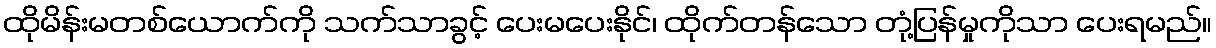
ထိုမိန်းမတစ်ယောက်ကို သက်သာခွင့် ပေးမပေးနိုင်၊ ထိုက်တန်သော တုံ့ပြန်မှုကိုသာ ပေးရမည်။